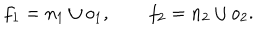
LaTeX: f _ { 1 } = n _ { 1 } \cup o _ { 1 } , \qquad f _ { 2 } = n _ { 2 } \cup o _ { 2 } .